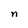
Character: n